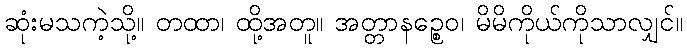
ဆုံးမသကဲ့သို့။ တထာ၊ ထို့အတူ။ အတ္တာနဉ္စေဝ၊ မိမိကိုယ်ကိုသာလျှင်။